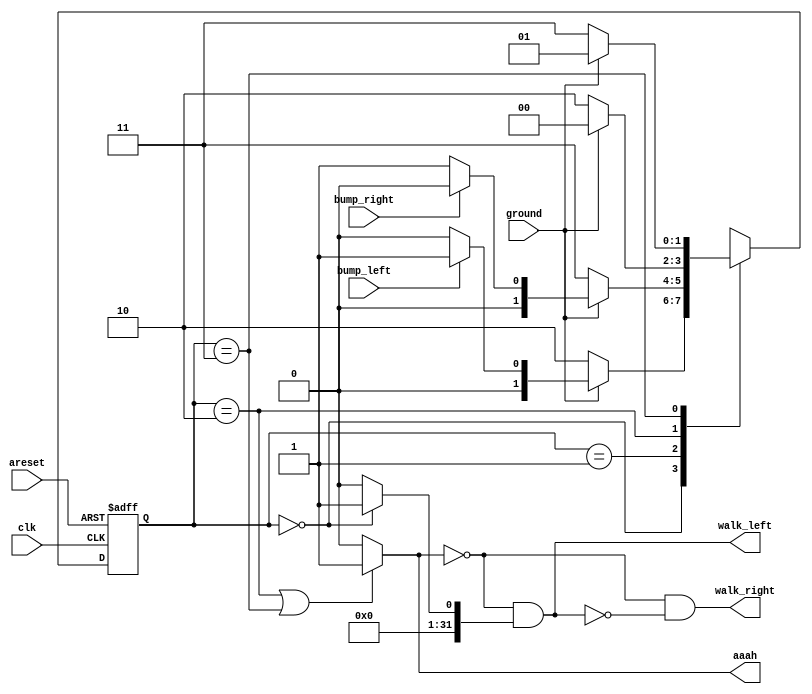
module top_module(
    input clk,
    input areset,    // Freshly brainwashed Lemmings walk left.
    input bump_left,
    input bump_right,
    input ground,
    output walk_left,
    output walk_right,
    output aaah ); 

    parameter LEFT=0, RIGHT=1, GROUND_L=2, GROUND_R=3;
    reg [1:0] state, next_state;

    always @(state) begin
        // State transition logic
        case(state)
            LEFT: begin
                if(~ground)
                    next_state = GROUND_L;
                else if(bump_left)
                    next_state = RIGHT;
                else
                    next_state = LEFT;
            end
            RIGHT: begin
                if(~ground)
                    next_state = GROUND_R;
                else if(bump_right)
                    next_state = LEFT;
                else
                    next_state = RIGHT;
            end
            GROUND_L: begin
                if(~ground)
                    next_state = GROUND_L;
                else
                    next_state = LEFT;
            end
            GROUND_R: begin
                if(~ground)
                    next_state = GROUND_R;
                else
                    next_state = RIGHT;
            end
            default: next_state = state;       
        endcase
    end

    always @(posedge clk, posedge areset) begin
        // State flip-flops with asynchronous reset
        if(areset)
            state = LEFT;
        else if(clk)
            state = next_state;
    end

    // Output logic
    assign aaah = ((state == GROUND_L) || (state == GROUND_R))? 1:0;
    assign walk_left = (~aaah && ((state == LEFT) ? 1:0));
    assign walk_right = (~aaah && (~walk_left));

endmodule